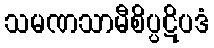
သမဏသာမီစိပ္ပဋိပဒံ